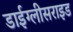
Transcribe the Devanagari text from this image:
डाईग्लीसराइड